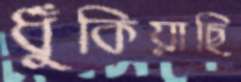
ধুঁকিয়াছি